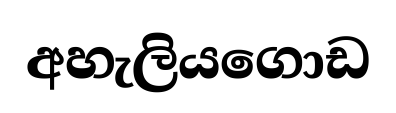
අහැලියගොඩ